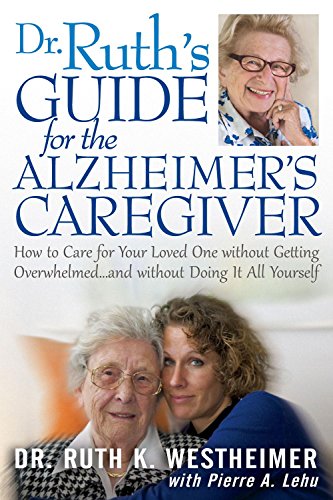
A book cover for Dr. Ruth's Guide for the Alzheimer's Caregiver: How to Care for Your Loved One Without Getting Overwhelmed... and Without Doing It All Yourself; Ruth K Westheimer; Health, Fitness & Dieting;